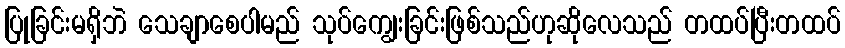
ပြုခြင်းမရှိဘဲ သေချာစေပါမည် သုပ်ကျွေးခြင်းဖြစ်သည်ဟုဆိုလေသည် တထပ်ပြီးတထပ်